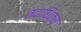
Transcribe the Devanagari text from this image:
तदाधिक्य